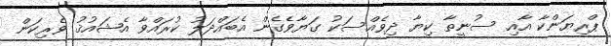
ޕްރިޔަންކާ އާއި ސުނީތާ ކިޔާ ދިވެއްސަކު ގަޔާވެގެން އެބައްދަލު ކުރައްވާ އެޝައުޤު ވެރިކަން